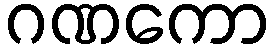
ဂဏကော